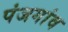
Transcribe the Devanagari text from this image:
पंजगांव